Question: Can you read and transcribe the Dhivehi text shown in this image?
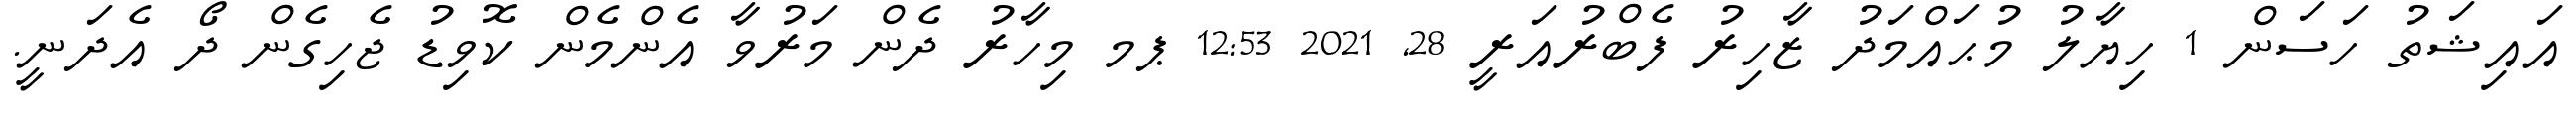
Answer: އައިޝަތު ހަސަން 1 ހިޔާލު މުޙައްމަދު ޒާހިރު ފެބްރުއަރީ 28, 2021 12:53 ޕމ މިހާރު ދެން މަރުވާ އެންމެން ކޮވިޑު ޖެހިގެން ދޯ އެދަނީ.